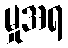
မှုအရ